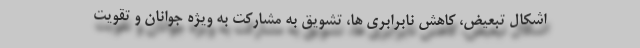
اشکال تبعیض، کاهش نابرابری ها، تشویق به مشارکت به ویژه جوانان و تقویت